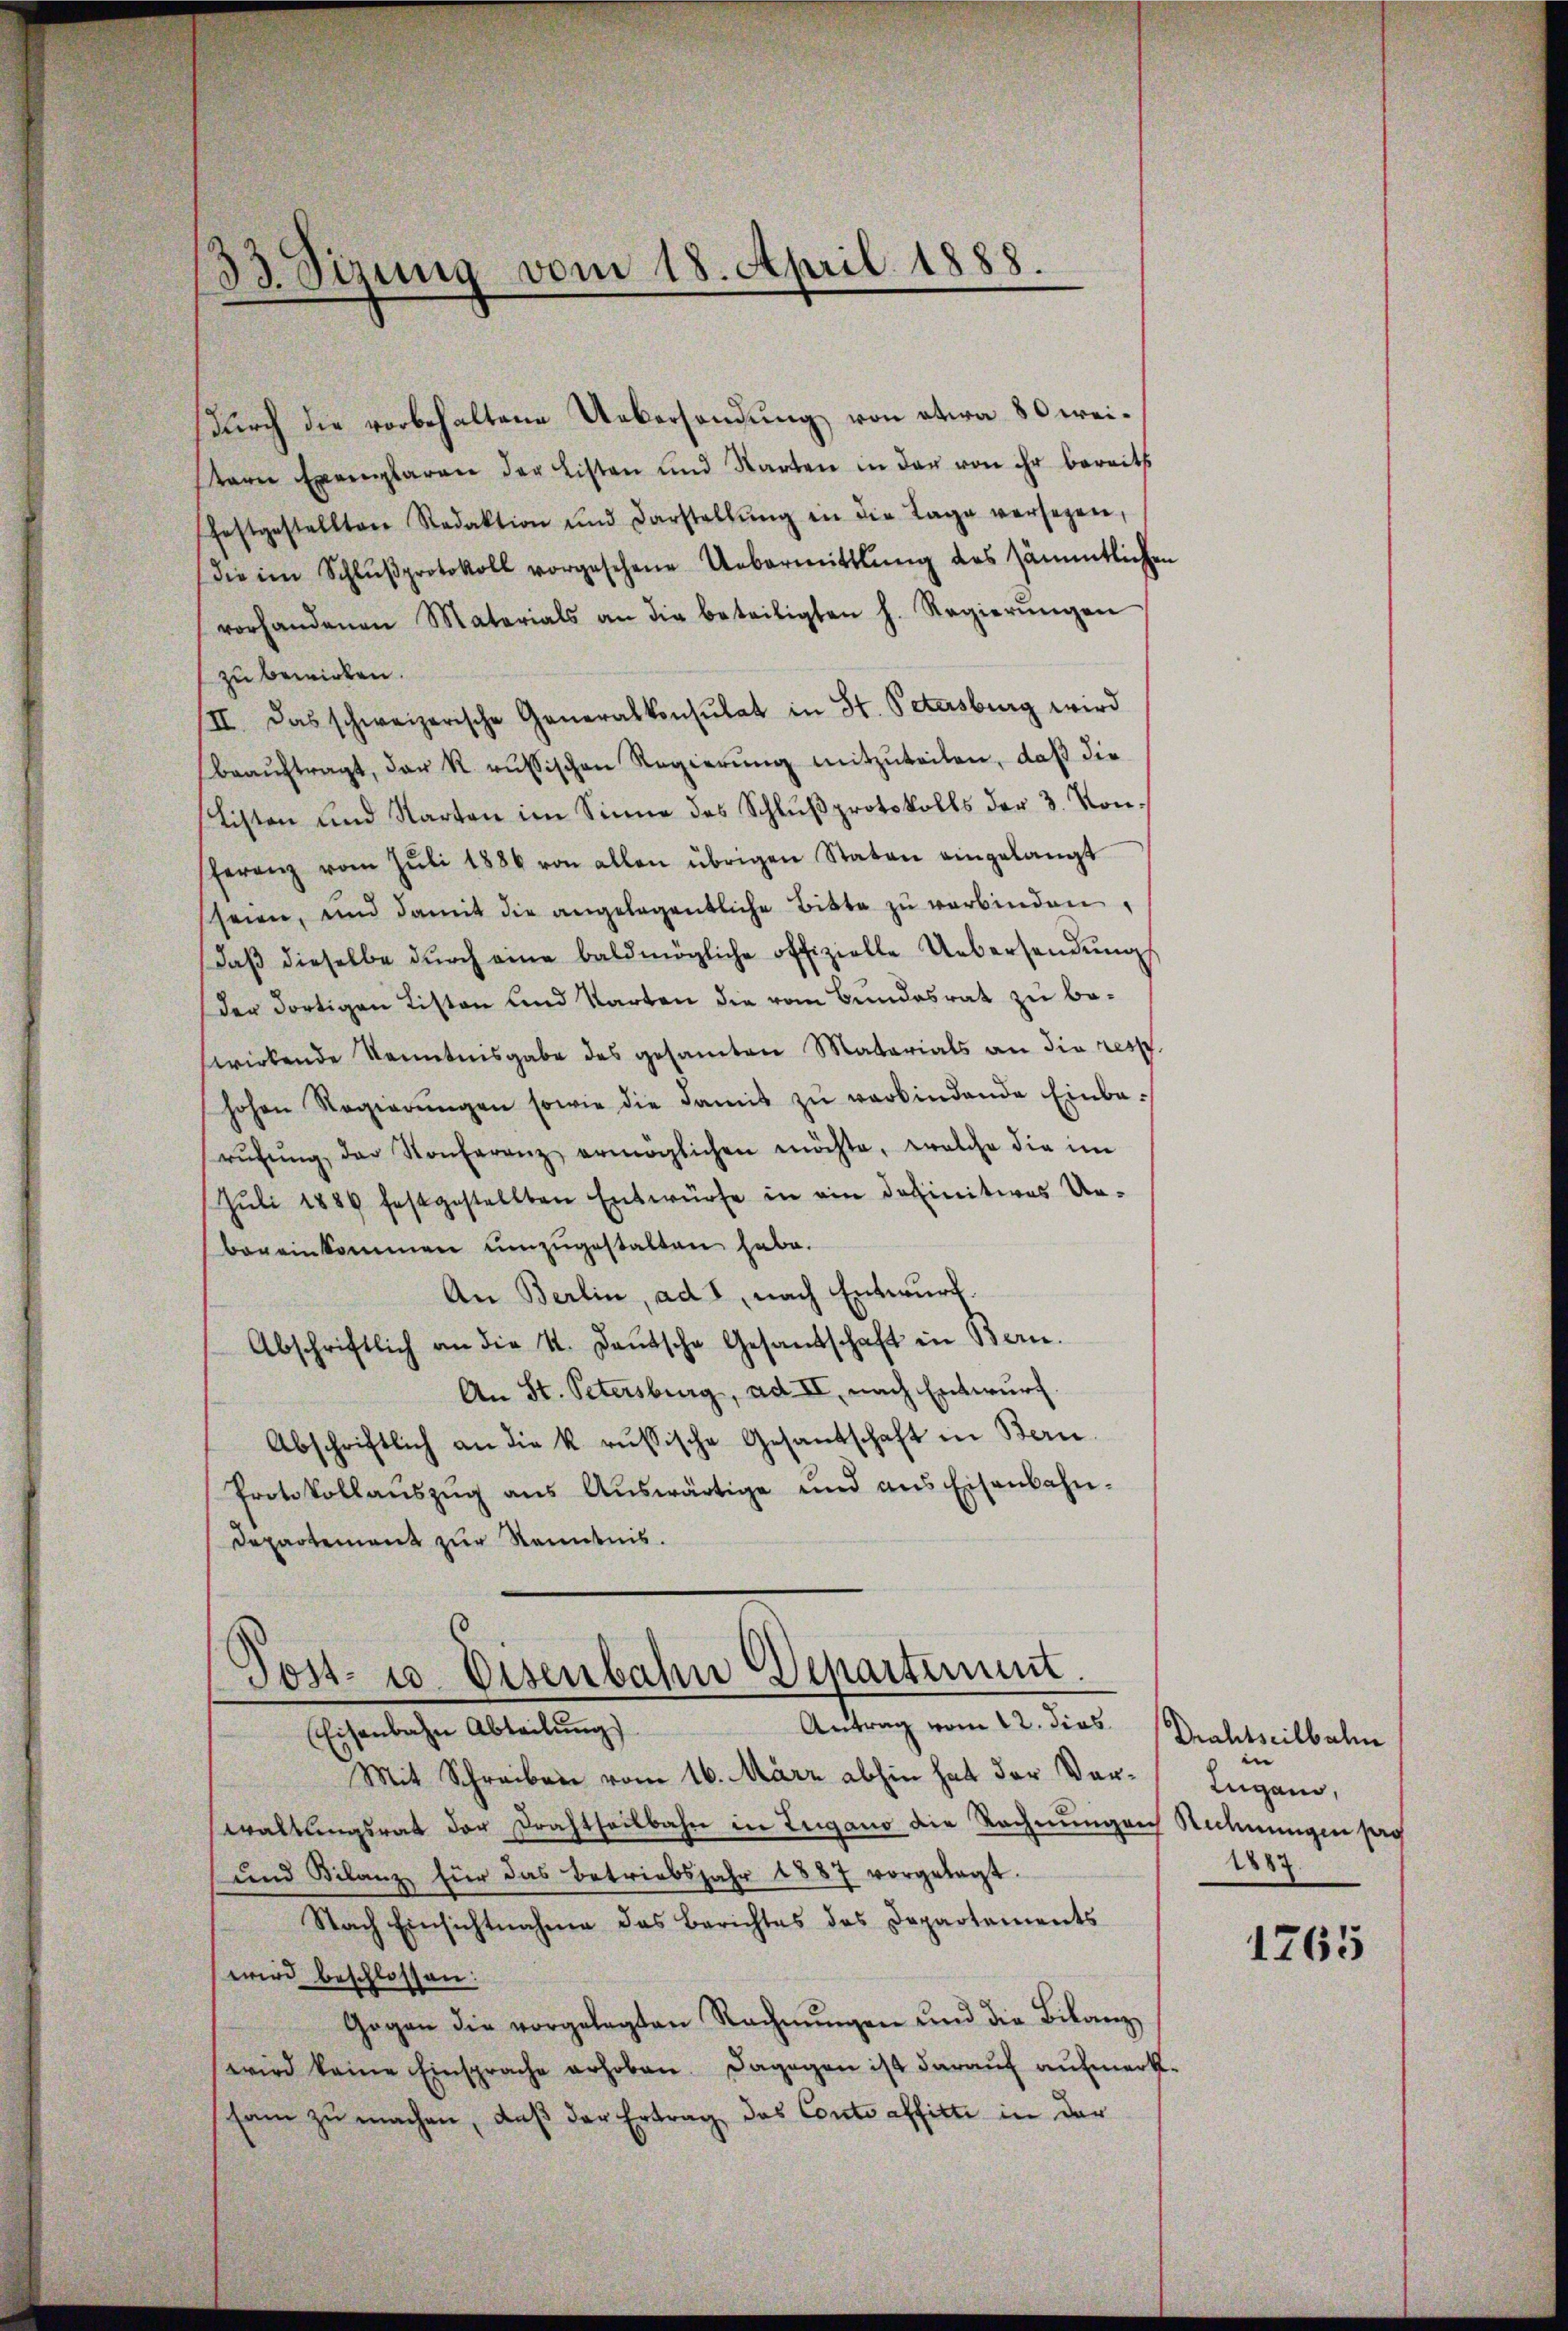
33. Sizung vom 18. April 1888.

durch die vorbehaltene Uebersendung von etwa 80 weistern Exemplaren der Listen und Warten in der von ihr bereits
festgestellten Redaktion und Darstellŭng in die Lage versezen,
die im Schlŭβprotokoll vorgesehene Uebermittlung des sämmtlichen
vorhandenen Materials an die beteiligten h. Regierŭngen
zu bewirken.
II. Das schweizerische Generalkonsulat in St. Petersburg wird
beaŭftragt, der R. russischen Regierŭng mitzuteilen, daß die
Listen und Karten im Sinne des Schlußprotokolls der 3. Konferenz vom Jŭli 1886 von allen übrigen Staten eingelangt
sheien, und damit die angelegentliche Bitte zŭ verbinden,
daβ dieselbe dŭrch eine baldmögliche offizielle Uebersendungs
Der dortigen Listen und Karten die vom Bundesrat zu beswirkende Kenntnisgabe des gesamten Materials an die resp.
hohen Regierŭngen sowie die damit zŭ verbindende Einba-
rŭhŭng der Konferenz ermöglichen möchte, welche die im
Juli 1889 festgestellten Entwürfe in ein definitives Ur-
bereinkommen umzugestalten habe.
An Berlin, ad 1, nach Entwurf.
Abschriftlich an die St. Deutsche Gesandschaft in Bern.
An St. Petersburg, ad II, nach Entwurf.
Abschriftlich an die k. russische Gesantschaft in Bern.
Protokollaŭszŭg aŭs Aŭswärtige und ans Eisenbahn-
Departement zur Kenntnis.
Post- u. Eisenbahn Departement.
Antrag vom 12. dies
Eisenbahn Abteilung
Mit Schreiben vom 16. März abhin hat der Verwaltungsrat der Drahtheilbahn in Zugano die Rechnungen Rechnungen sag
und Bilanz für das betriebsjahr 1887 vorgelegt.
Nach Einsichtnahme das Berichtes des Departements
wird beschlossen:
Gogen die vorgelegten Rechnŭngen und die Bilanz
wird keine Einsprache erhoben. Dagegen ist darauf aufmerksam zu machen, daß der Ertrag das Conto affitti in der

Drahtseilbahn
n
Zugano,
1887.

1765